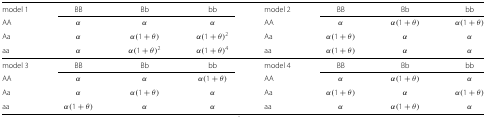
| model 1 | BB | Bb | bb | model 2 | BB | Bb | bb |
 | AA | α | α | α | AA | α | α(1+θ) | α(1+θ) |
 | Aa | α | α(1+θ) | α(1+θ)2 | Aa | α(1+θ) | α | α |
 | aa | α | α(1+θ)2 | α(1+θ)4 | aa | α(1+θ) | α | α |
 | --- | --- | --- | --- | --- | --- | --- | --- |
 | model 3 | BB | Bb | bb | model 4 | BB | Bb | bb |
 | AA | α | α | α(1+θ) | AA | α | α(1+θ) | α |
 | Aa | α | α(1+θ) | α | Aa | α(1+θ) | α | α(1+θ) |
 | aa | α(1+θ) | α | α | aa | α | α(1+θ) | α |